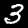
Digit: 3